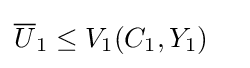
{\overline {U}}_{1}\leq V_{1}(C_{1},Y_{1})\quad